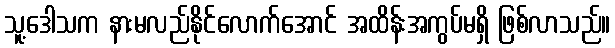
သူ့ဒေါသက နားမလည်နိုင်လောက်အောင် အထိန်းအကွပ်မရှိ ဖြစ်လာသည်။